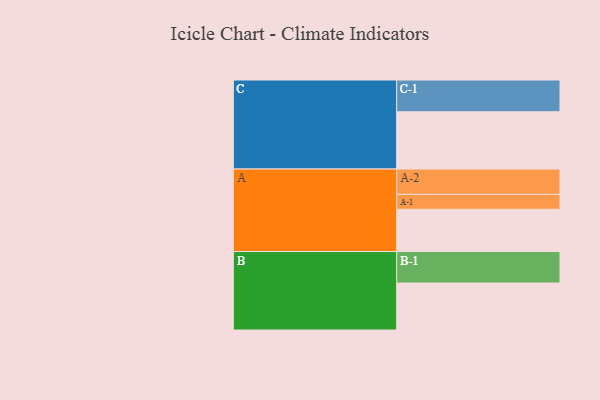
{"axis": {"x": "Segment", "y": "Value"}, "legend": ["", "A", "B", "C"], "data": [{"x": "A", "y": 392, "type": ""}, {"x": "B", "y": 436, "type": ""}, {"x": "C", "y": 532, "type": ""}, {"x": "A-1", "y": 139, "type": "A"}, {"x": "A-2", "y": 235, "type": "A"}, {"x": "B-1", "y": 293, "type": "B"}, {"x": "C-1", "y": 295, "type": "C"}]}